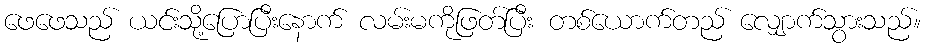
ဖေဖေသည် ယင်းသို့ပြောပြီးနောက် လမ်းမကိုဖြတ်ပြီး တစ်ယောက်တည် လျှောက်သွားသည်။